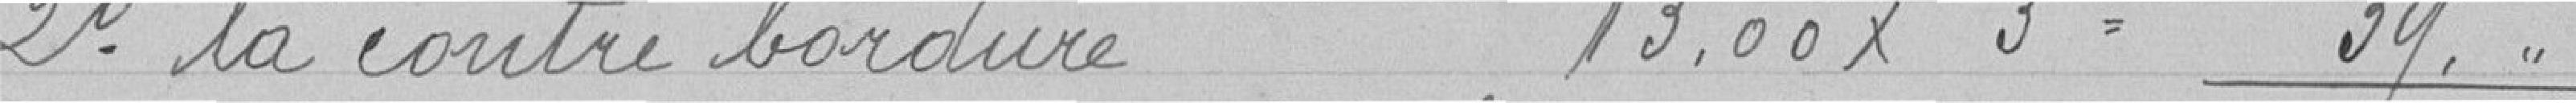
2° la contre bordure 13.00 x 3 = 39."